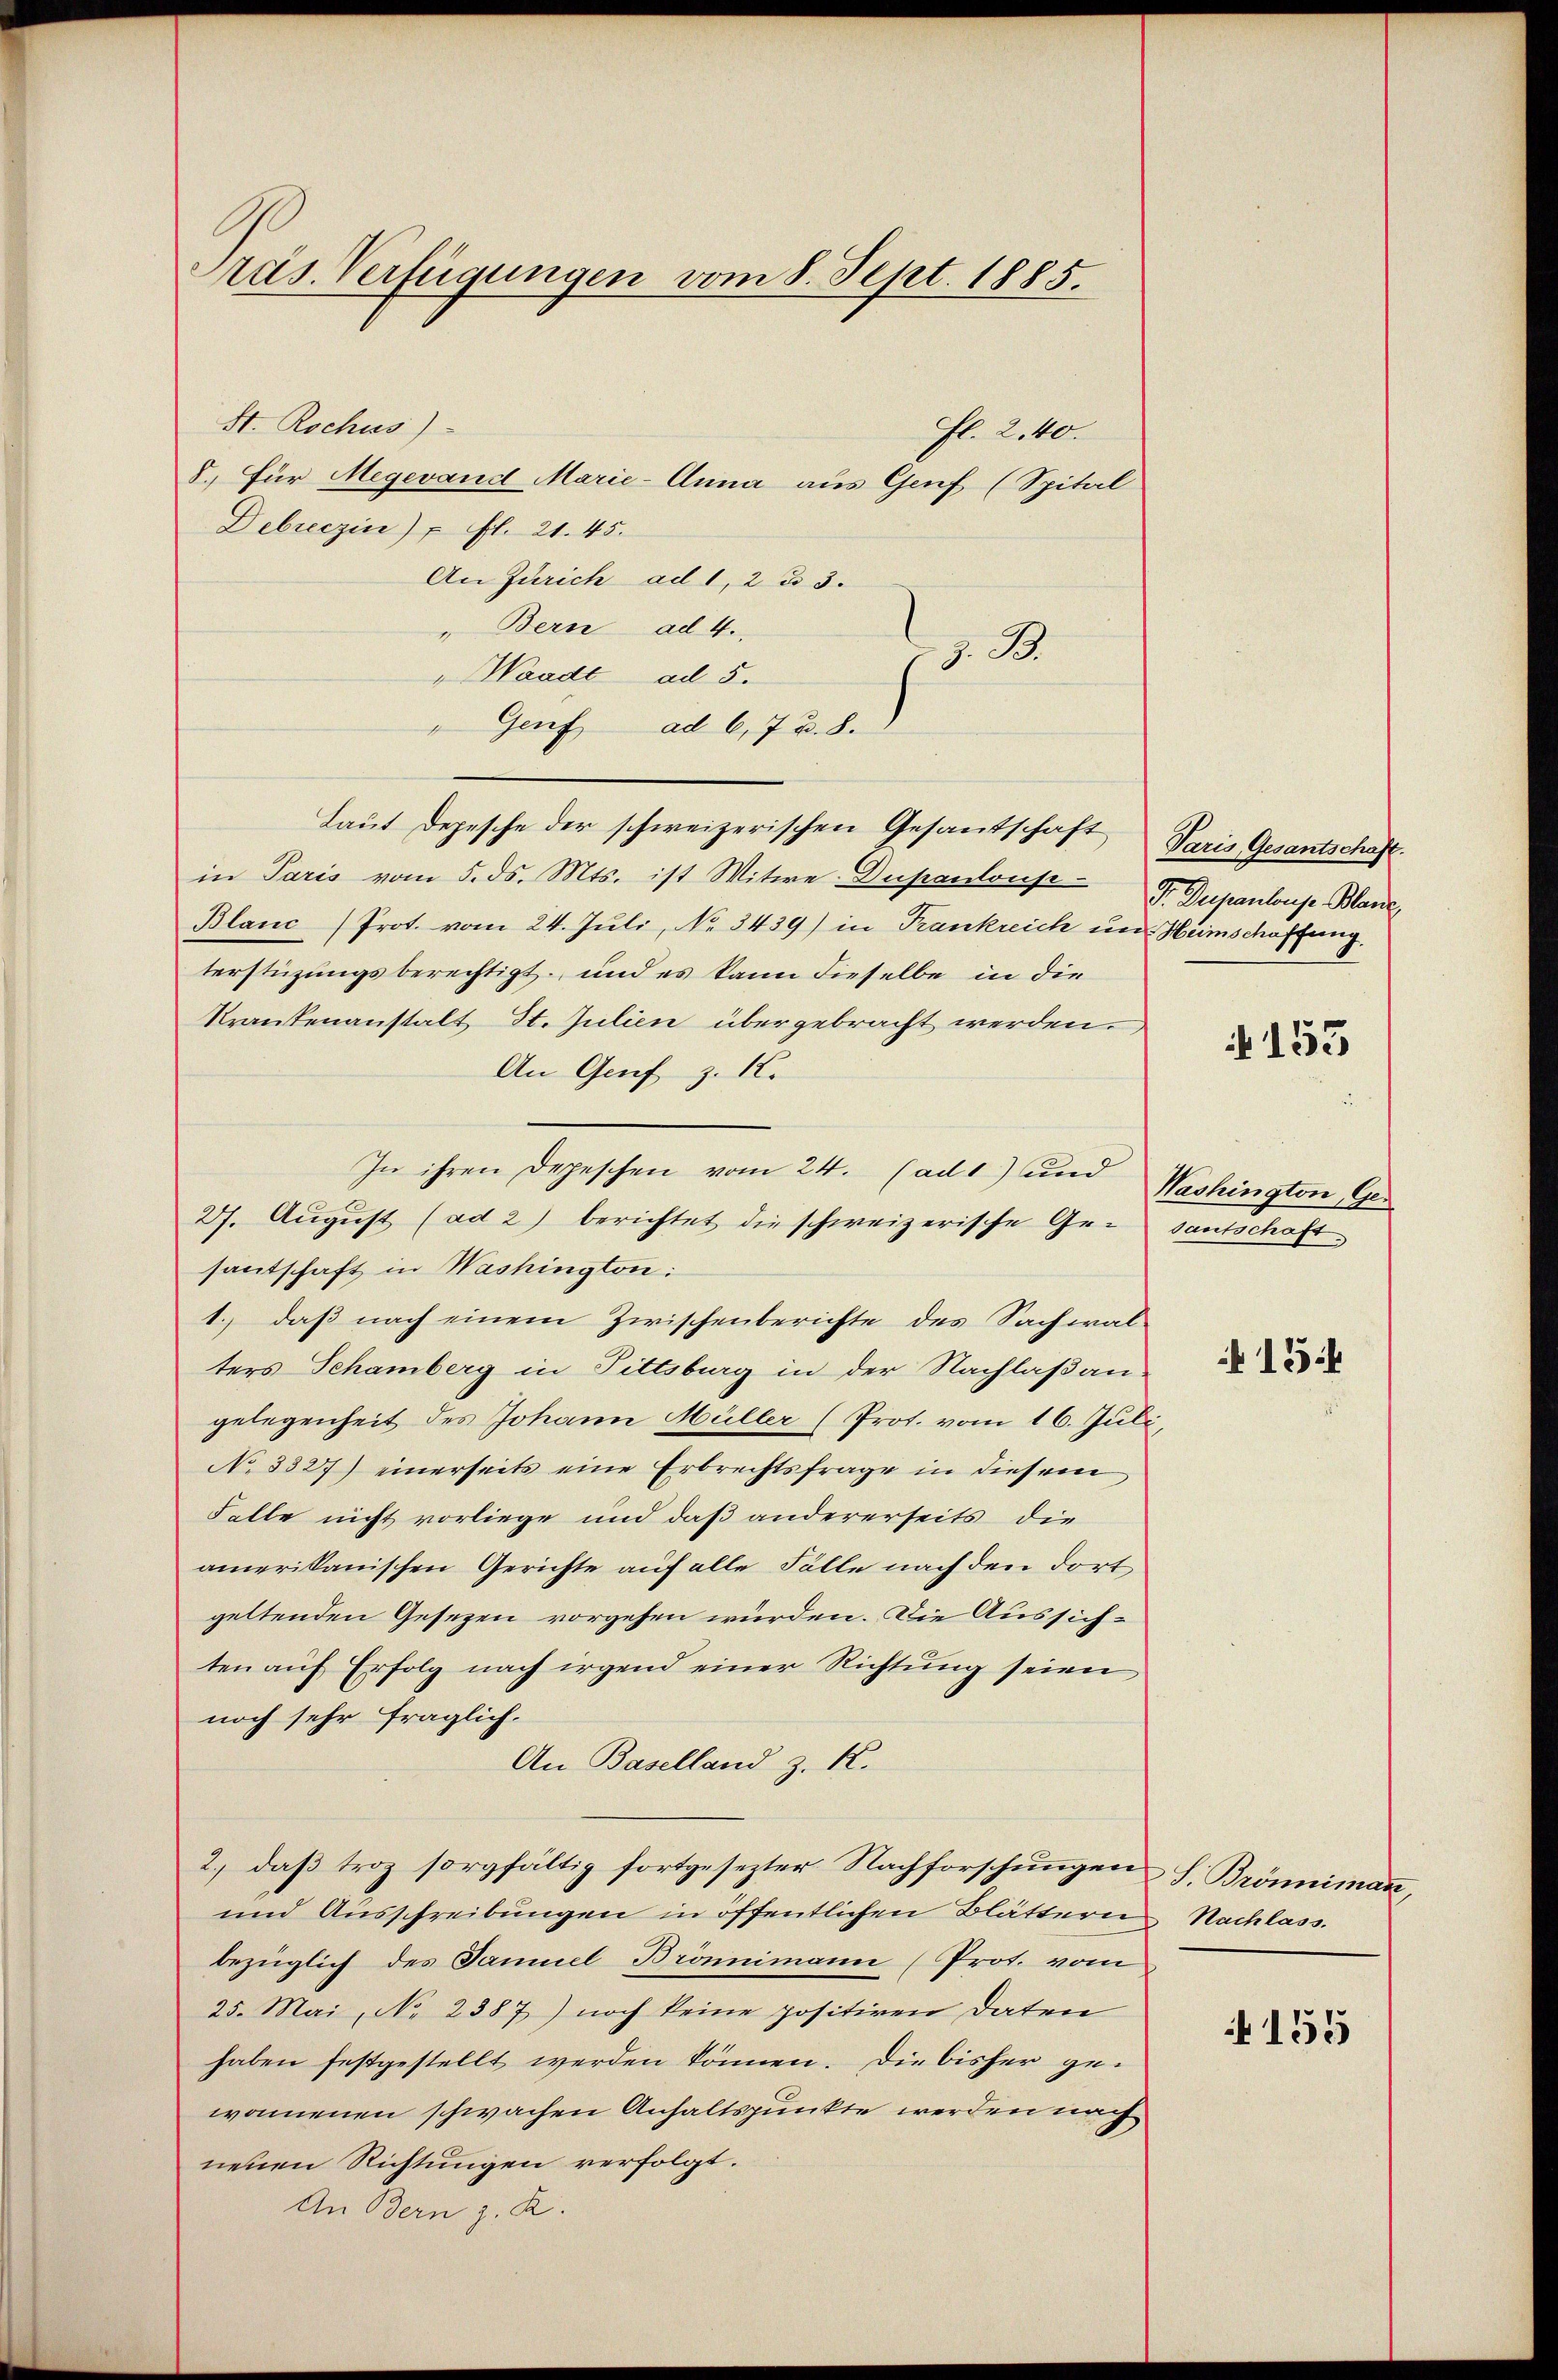
Präs. Verfügungen vom 8. Sept. 1885.

St. Rochus)
fl. 240.
8. Für Megevand Marie-Anna aus Genf (Spital
Debreczin) u. fl. 21. 45.
An Zürich ad 1, 2 u 3.
" Bern ad 4.
 z. B.
" Waadt ad 5.
Genf ad 6, 7 u. 8.
Laut Depesche der schweizerischen Gesandschaft
in Paris vom 5. ds. Mts. ist Witwe Dupantonse-
Blanc (Prot. vom 24. Juli, No. 3439) in Frankreich um Heinschaffung,
terstüzungsberechtigt, und es kann dieselbe in die
Krankenanstalt St. Julien übergebracht werden.
An Genf z. K.
In ihren Depeschen vom 24. (ad 1) und
27. August (ad 2) berichtet die schweizerische Ge-
santschaft in Washington:
1.) daß nach einem Zwischenberichte des Sachwal-
ters Schamberg in Fittsburg in der Nachlaßan:
gelegenheit des Johann Müller (Prot. vom 16. Jul.
No 3327) einerseits eine Erbrechtsfrage in diesem
Falle nicht vorliege und daß andererseits die
amerikanischen Gerichte auf alle Fälle nach den dort
geltenden Gesezen vorgehen würden. Die Aussich-
ten auf Erfolg nach irgend einer Richtung seien
noch sehr fraglich.
An Baselland z. R.
2., daß troz sorgfältig fortgesezter Nachforschungen S. Brönnimann,
und Ausschreibŭngen in öffentlichen Blättern Nachlass
bezüglich des Samuel Brömmimann (Prot. vom
25. Mai, No 2387) noch keine positiren Daten
haben festgestellt werden können. Die bisher gewonnenen schwachen Anhaltspunkte werden nach
neuen Richtungen verfolgt.
An Bern z. R.

Varis, Gesantschaft.
F. Dupantons Blaue

153

Washington, Geenunterte

134

155